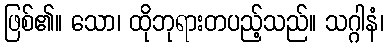
ဖြစ်၏။ သော၊ ထိုဘုရားတပည့်သည်။ သဂ္ဂါနံ၊